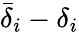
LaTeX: \bar{\delta}_{i}-\delta_{i}